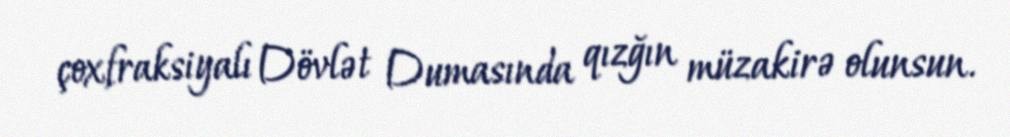
çoxfraksiyalı Dövlət Dumasında qızğın müzakirə olunsun.